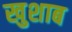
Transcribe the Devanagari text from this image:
खुशाब